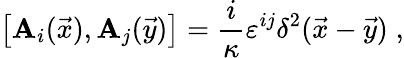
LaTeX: \left[\mathbf{A}_{i}(\vec{{x}}),\mathbf{A}_{j}(\vec{{y}})\right]=\frac{{i}}{{\kappa}}\varepsilon^{ij}\delta^{2}(\vec{{x}}-\vec{{y}})\; ,